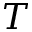
T